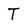
Character: T